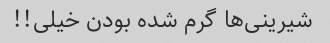
شیرینی‌ها گرم شده بودن خیلی!!